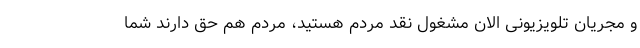
و مجریان تلویزیونی الان مشغول نقد مردم هستید، مردم هم حق دارند شما